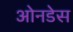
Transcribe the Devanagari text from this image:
ओनडेस